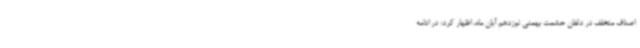
اصناف متخلف در دلفان حشمت بهمنی نوزدهم آبان ماه، اظهار کرد: در ادامه